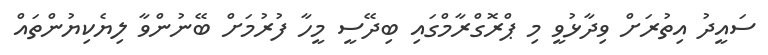
ސައީދު އިތުރަށް ވިދާޅުވީ މި ޕްރޮގްރާމްގައި ބިދޭސީ މީހާ ފުރުމަށް ބޭނުންވާ ލިޔެކިޔުންތައް